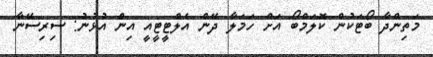
މަތިންދާ ބޯޓަކުން ކޮލަމްބޯ އަށް ހަމަލާ ދޭން އެލްޓީޓީއީ އިން އުޅުނު: ސިރިސޭނާ